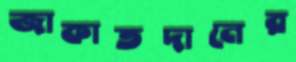
জাকাতদানের